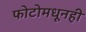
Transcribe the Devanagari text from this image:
फोटोमधूनही